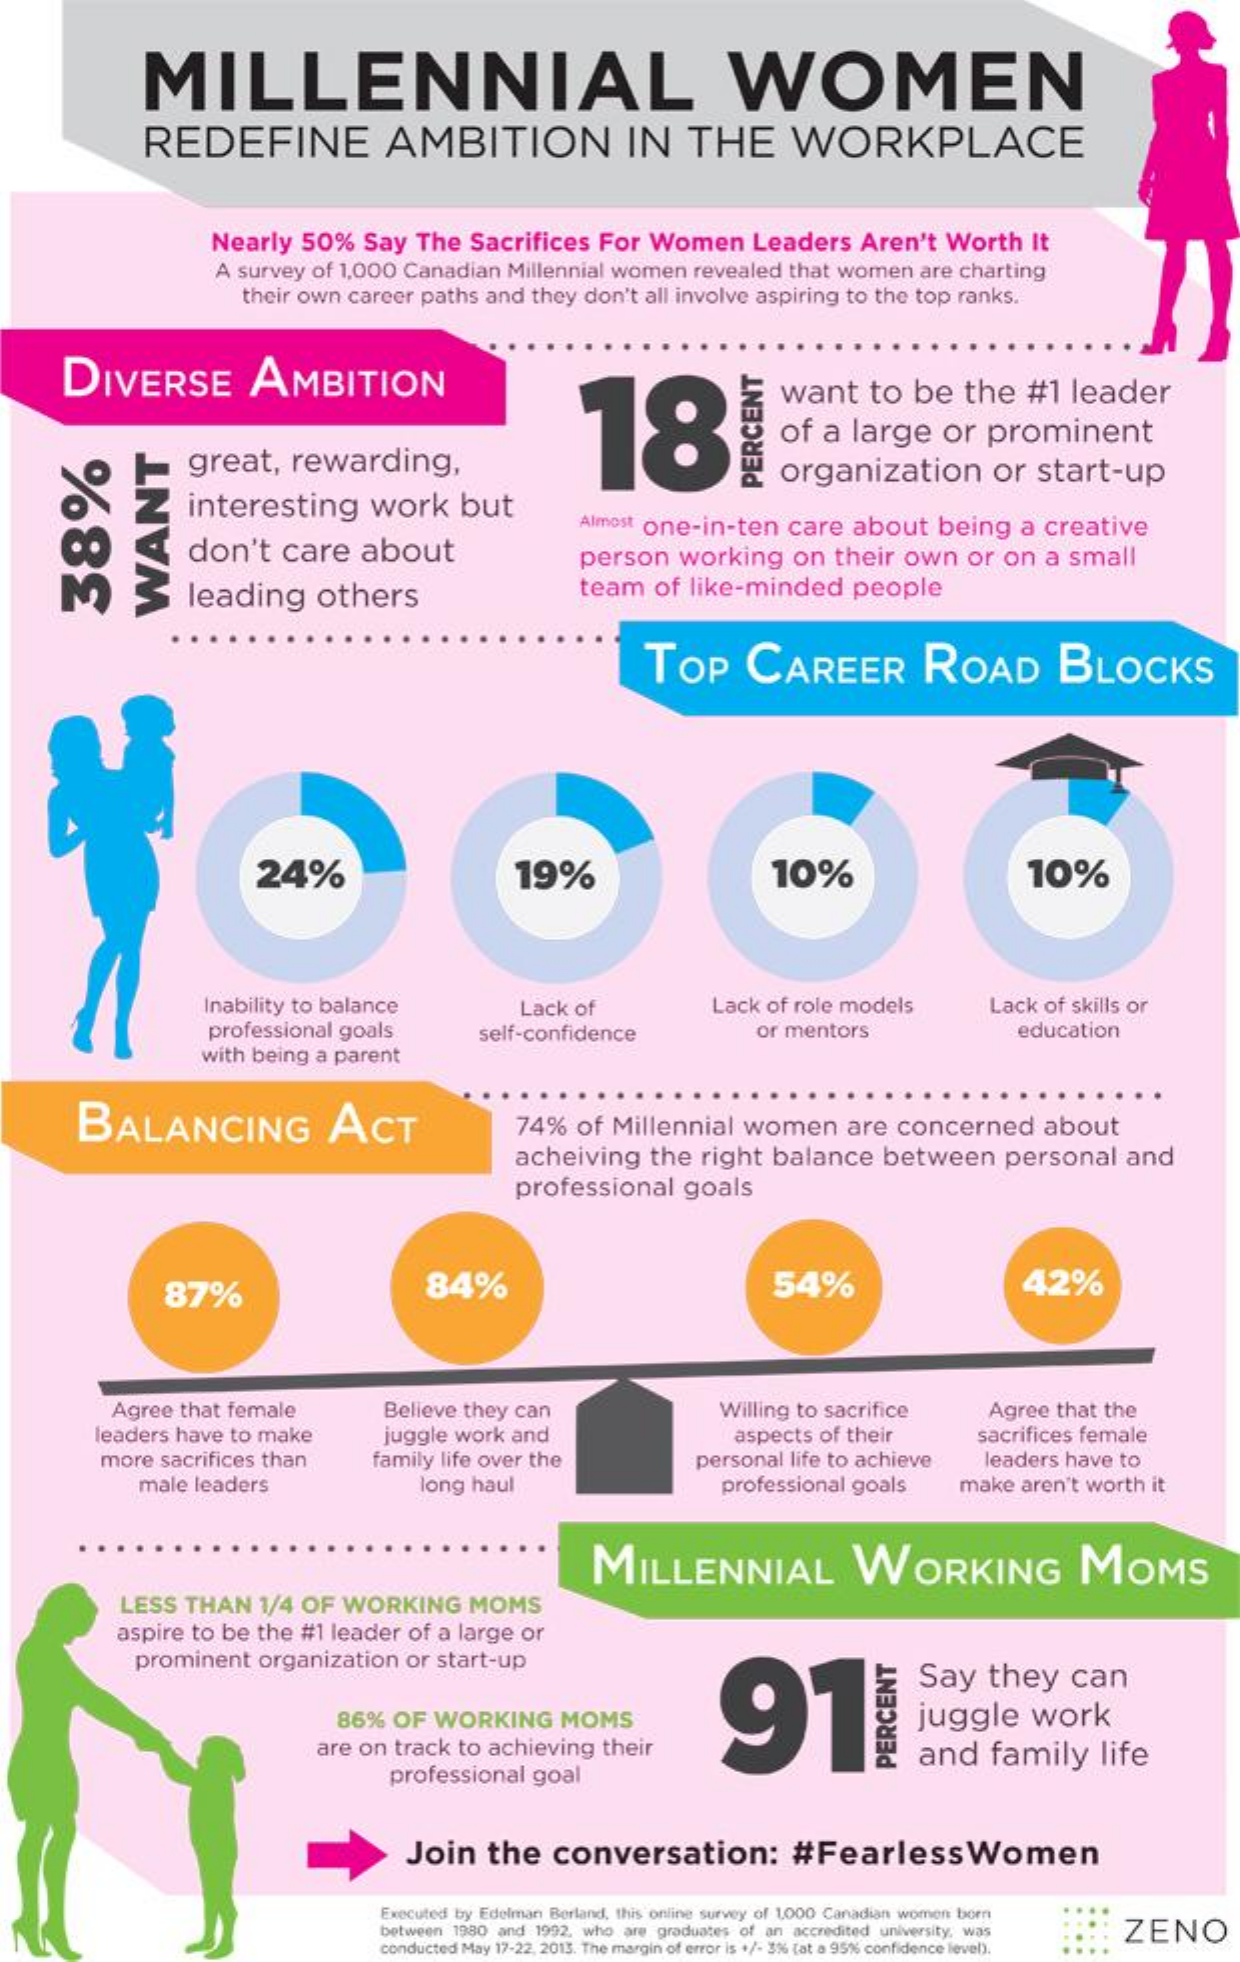
MILLENNIAL    WOMEN
     REDEFINE    AMBITION    IN    THE    WORKPLACE
     -
     Nearly    50%    Say   The   Sacrifices    For   Women    Leaders    Aren't    Worth    It
     A  survey  of 1,000   Canadian    Millennial  women    revealed    that women    are charting
     their own  career   paths  and   they  don't  all involve  aspiring  to the  top  ranks.
     DIVERSE    AMBITION
     18
     want    to   be    the    #1   leader
     great,    rewarding,
     of   a  large    or   prominent
     interesting    work    but
     organization    or   start-up
     PERCENT
     CO
     M
     don't    care    about
     Almost  one-in-ten    care    about    being    a  creative
     person    working    on   their   own    or  on   a  small
     leading    others    team    of  like-minded    people
     WANT
     TOP    CAREER    ROAD    BLOCKS
     24%    19%    10%    10%
     Inability to balance
     professional   goals
     Lack   of    Lack  of role models    Lack  of skills or
     with being   a parent
     self-confidence    or mentors    education
     BALANCING    ACT    74%    of  Millennial    women    are   concerned    about
     acheiving    the   right   balance    between    personal    and
     professional    goals
     87%    84%    54%    42%
     Agree   that female    Believe  they  can    Willing to  sacrifice    Agree  that  the
     leaders  have   to make    juggle  work  and    aspects   of their    sacrifices  female
     more   sacrifices than    family  life over the    personal   life to achieve    leaders  have   to
     male  leaders    long  haul    professional   goals    make  aren't  worth   it
     MILLENNIAL    WORKING    MOMS
     LESS   THAN    1/4  OF   WORKING    MOMS
     aspire  to  be  the  #1 leader   of  a large   or
     prominent    organization    or  start-up
     91
     Say    they    can
     86%    OF  WORKING    MOMS    juggle    work
     are  on  track  to achieving    their
     professional    goal
     and    family    life
     PERCENT
     Join    the    conversation:    #FearlessWomen
     Executed by Edelman Berland, this online survey of 1,000 Canadian women born
     between 1980 and 1992, who are graduates of an accredited university, was    ZENO
     conducted May 17-22, 2013. The margin of error is +/- 3%% [at a 95% confidence level).